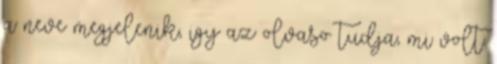
a neve megjelenik, igy az olvaso tudja, mi volt